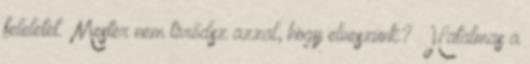
feleletet. „Mester nem törődsz azzal, hogy elveszünk?” Hatalmas a